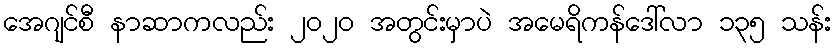
အေဂျင်စီ နာဆာကလည်း ၂၀၂၀ အတွင်းမှာပဲ အမေရိကန်ဒေါ်လာ ၁၃၅ သန်း